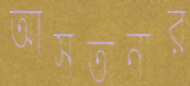
আসতানার